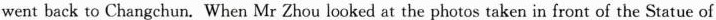
also went to other cities. Half a month later the Zhous wentback to Changchun. When Mr Zhou looked at the photos taken in front of the Statue of